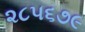
૨૮૫૬૭૯